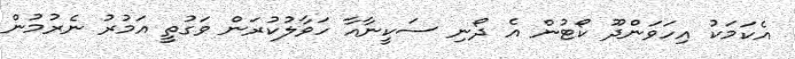
އެކަމަކު އިހަވަންދޫ ކޯޓުން އެ ދޯނި ސަކީނާއާ ހަވާލުކުރަން ވަގުތީ އަމުރު ނެރުމުން